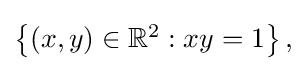
{\textstyle \left\{(x,y)\in \mathbb {R} ^{2}:xy=1\right\},}